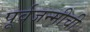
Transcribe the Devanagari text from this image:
पूर्वजन्मीची